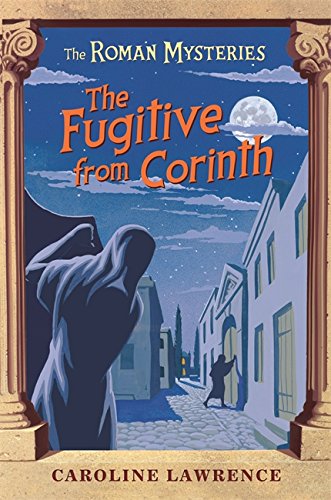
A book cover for The Fugitive from Corinth (The Roman Mysteries); Caroline Lawrence; Teen & Young Adult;